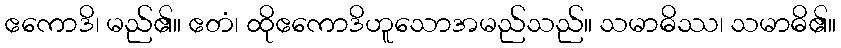
ဧကောဒိ၊ မည်၏။ ဧတံ၊ ထိုဧကောဒိဟူသောအမည်သည်။ သမာဓိဿ၊ သမာဓိ၏။